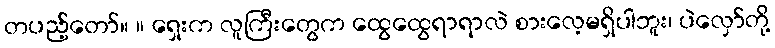
တပည့်တော်။ ။ ရှေးက လူကြီးတွေက ထွေထွေရာရာလဲ စားလေ့မရှိပါဘူး၊ ပဲလှော်တို့